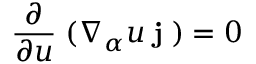
\frac { \partial } { \partial u } \; ( \nabla _ { \alpha } u \; { \bf j ^ { \alpha } } ) = 0